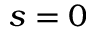
s = 0